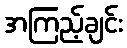
အကြည့်ချင်း